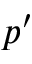
p ^ { \prime }